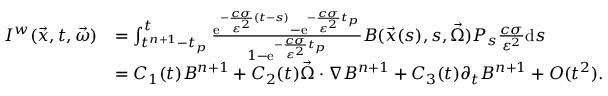
\begin{array} { r l } { I ^ { w } ( \vec { x } , t , \vec { \omega } ) } & { = \int _ { t ^ { n + 1 } - t _ { p } } ^ { t } \frac { \mathrm { e } ^ { - \frac { c \sigma } { \varepsilon ^ { 2 } } ( t - s ) } - \mathrm { e } ^ { - \frac { c \sigma } { \varepsilon ^ { 2 } } t _ { p } } } { 1 - \mathrm { e } ^ { - \frac { c \sigma } { \varepsilon ^ { 2 } } t _ { p } } } B ( \vec { x } ( s ) , s , \vec { \Omega } ) P _ { s } \frac { c \sigma } { \varepsilon ^ { 2 } } \mathrm { d } s } \\ & { = C _ { 1 } ( t ) B ^ { n + 1 } + C _ { 2 } ( t ) \vec { \Omega } \cdot \nabla B ^ { n + 1 } + C _ { 3 } ( t ) \partial _ { t } B ^ { n + 1 } + O ( t ^ { 2 } ) . } \end{array}